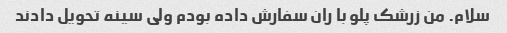
سلام. من زرشک پلو با ران سفارش داده بودم ولی سینه تحویل دادند